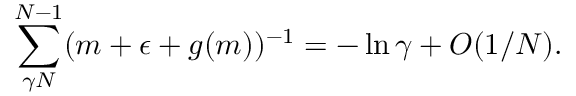
\sum _ { \gamma N } ^ { N - 1 } ( m + \epsilon + g ( m ) ) ^ { - 1 } = - \ln \gamma + O ( 1 / N ) .